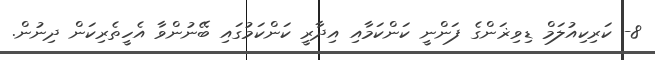
8- ކަރިކިއުލަމް ޑިވިޜަންގެ ފަންނީ ކަންކަމާއި އިދާރީ ކަންކަމުގައި ބޭނުންވާ އެހީތެރިކަން ދިނުން.